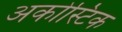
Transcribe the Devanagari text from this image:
अकोस्टिक